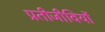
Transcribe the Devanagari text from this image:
प्रतीजीवियों